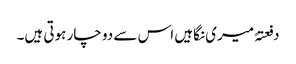
دفعتہً میری نگاہیں اس سے دو چار ہوتی ہیں۔